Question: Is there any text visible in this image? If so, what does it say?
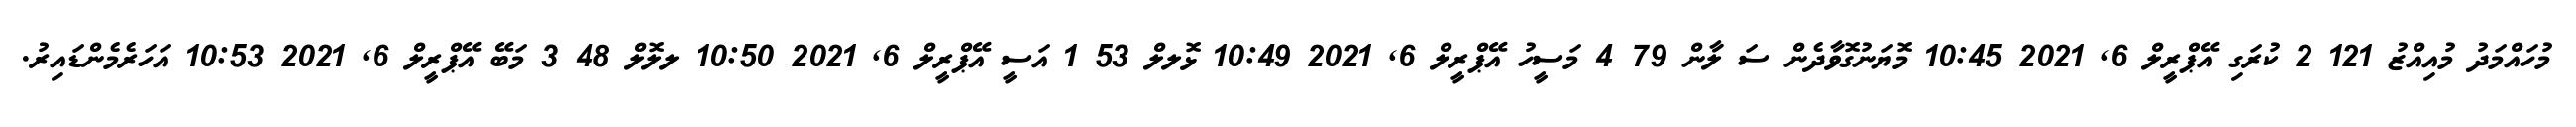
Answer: މުހައްމަދު މުއިއްޒު 121 2 ކުރަގި އޭޕްރީލް 6, 2021 10:45 މޮޔަނުގޮވާދެން ސަ ލާން 79 4 މަސީހު އޭޕްރީލް 6, 2021 10:49 ޅޮލލް 53 1 އަސީ އޭޕްރީލް 6, 2021 10:50 ލލޮލް 48 3 މަބޭ އޭޕްރީލް 6, 2021 10:53 އަހަރެމެންޑައިރު.